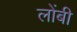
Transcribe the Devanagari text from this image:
लोंबी